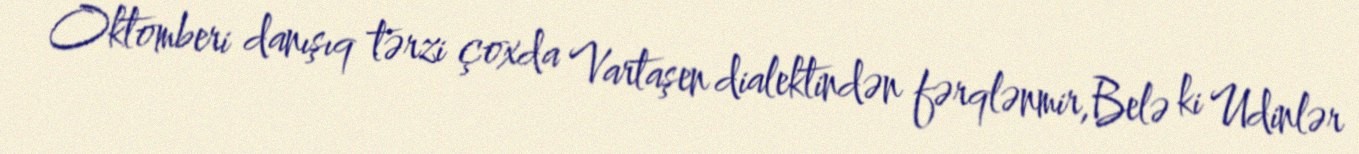
Oktomberi danışıq tərzi çoxda Vartaşen dialektindən fərqlənmir,Belə ki Udinlər